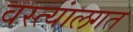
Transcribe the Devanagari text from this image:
वस्त्यांलगत